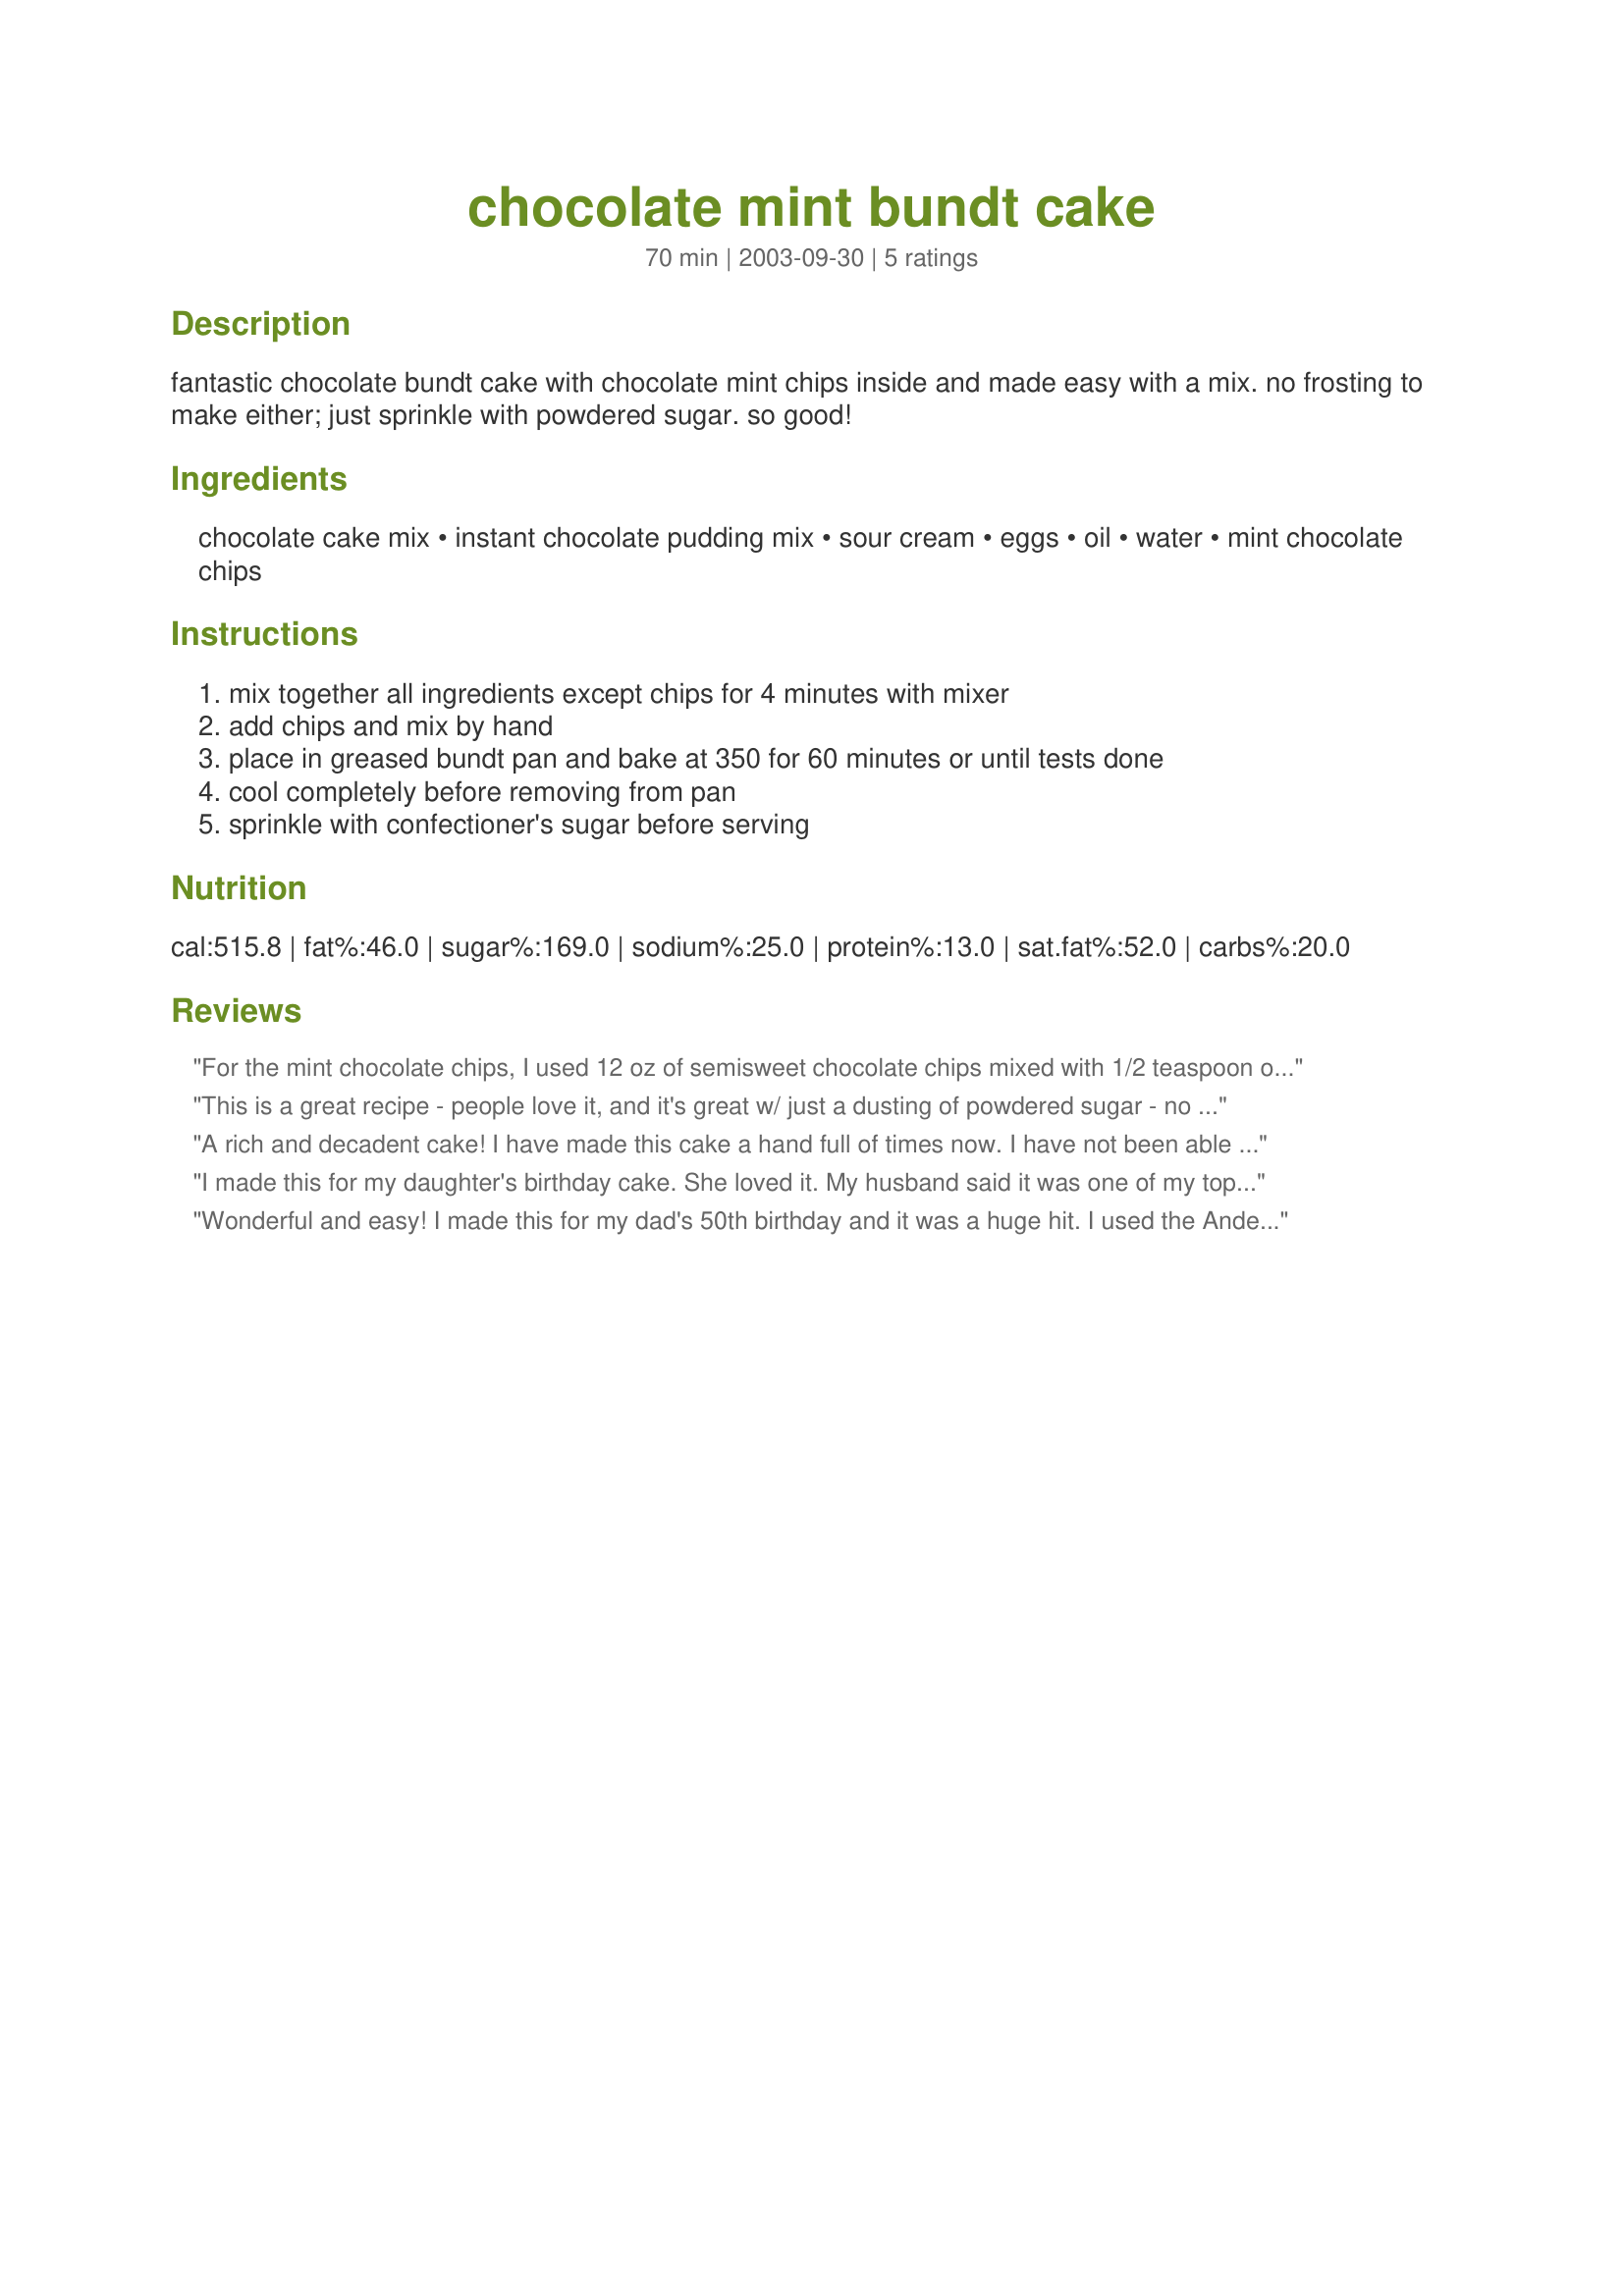
chocolate mint bundt cake
Preparation time: 70 minutes

fantastic chocolate bundt cake with chocolate mint chips inside and made easy with a mix. no frosting to make either; just sprinkle with powdered sugar. so good!

Ingredients:
chocolate cake mix, instant chocolate pudding mix, sour cream, eggs, oil, water, mint chocolate chips

Steps:
mix together all ingredients except chips for 4 minutes with mixer, add chips and mix by hand, place in greased bundt pan and bake at 350 for 60 minutes or until tests done, cool completely before removing from pan, sprinkle with confectioner's sugar before serving

Reviews:
For the mint chocolate chips, I used 12 oz of semisweet chocolate chips mixed with 1/2 teaspoon of peppermint extract.

The batter for this cake is really really thick. I was worried that something was wrong. But my cake turned out ok.

Also, I couldn't find my bundt pan so I just used two round pans. I tested with a toothpick several times, and in total cooked the cake for 60 minutes. However, but the outer ring was hard and a bit burnt. If you use two 9-inch rounds, I think 40-50 minutes would be ideal.

I cut off my burnt outer rings and was left with a delicious (if funny looking) cake! Thanks for sharing!
This is a great recipe - people love it, and it's great w/ just a dusting of powdered sugar - no icing needed! I use the chopped Andes mints that you can buy in the store now - I stir them in w/ a little bit of flour before adding them to keep them from sinking to the bottom of the batter - don't know how much it helps, but it's a trick I learned a few years ago. Thanks for a great recipe Marie!
A rich and decadent cake! I have made this cake a hand full of times now. I have not been able to find the mint chocolate chips so I use semi-sweet chips with the peppermint extract and the flavor is great. Tonight, I made it for a Christmas Party. I did add a chocolate glaze on top (which does add to the richness) and then sprinkled crushed candy canes on top. The cake was enjoyed by all. Thanks for the recipe.
I made this for my daughter's birthday cake. She loved it. My husband said it was one of my top cakes ever. :) I used one box of Andes mints (chopped up) in the cake and one box chopped up on top of the cake, over a chocolate glaze.
Wonderful and easy! I made this for my dad's 50th birthday and it was a huge hit. I used the Andes mints (did not stir with any flour. The batter was way too thick for them to sink anyway). Do not own a Bundt pan, so used two 8 1/2 inch pans. 50 minutes was perfect cooking time. Thanks for the terrific recipe.
